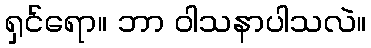
ရှင်ရော။ ဘာ ဝါသနာပါသလဲ။